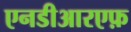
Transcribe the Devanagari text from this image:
एनडीआरएफ़